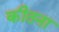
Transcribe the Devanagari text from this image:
कीतना